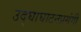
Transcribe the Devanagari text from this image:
उद्‌घाघाटनप्रसंगी